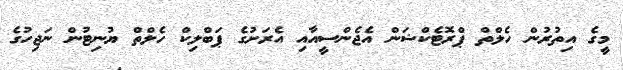
މީގެ އިތުރުން ހެލްތް ޕްރޮޓެކްޝަން އެޖެންސީއާއި އެރަށުގެ ޕަބްލިކް ހެލްތް ޔުނިޓުން ނަޖިހުގެ